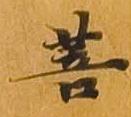
菩